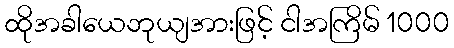
ထိုအခါယေဘုယျအားဖြင့် ငါအကြိမ် 1000